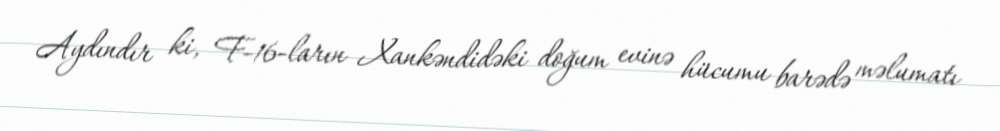
Aydındır ki, F-16-ların Xankəndidəki doğum evinə hücumu barədə məlumatı